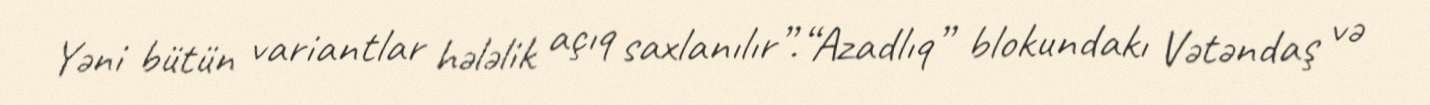
Yəni bütün variantlar hələlik açıq saxlanılır”.“Azadlıq” blokundakı Vətəndaş və